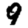
Digit: 9